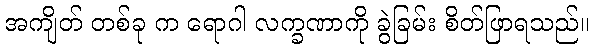
အကျိတ် တစ်ခု က ရောဂါ လက္ခဏာကို ခွဲခြမ်း စိတ်ဖြာရသည်။